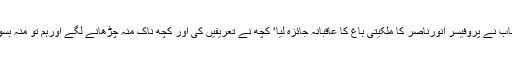
تھنگی میں تمام احباب نے پروفیسر انورناصر کا ملکیتی باغ کا عاقبانہ جائزہ لیا‘ کچھ نے تعریفیں کی اور کچھ ناک منہ چڑھانے لگے اورہم تو منہ بسورتے ہیں رہ گئے۔